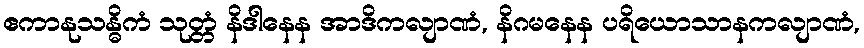
ဧကာနုသန္ဓိကံ သုတ္တံ နိဒါနေန အာဒိကလျာဏံ, နိဂမနေန ပရိယောသာနကလျာဏံ,